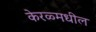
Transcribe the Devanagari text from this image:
केरळ्मधील